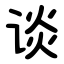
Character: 谈